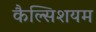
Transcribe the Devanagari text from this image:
कैल्सिशयम